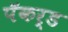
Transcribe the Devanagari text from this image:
पॅकर्ड